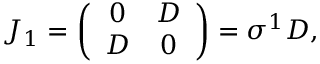
J _ { 1 } = \left( \begin{array} { c c } { { 0 } } & { { D } } \\ { { D } } & { { 0 } } \end{array} \right) = \sigma ^ { 1 } D ,